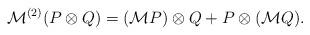
LaTeX: \begin{align*} \mathcal{M}^{(2)}(P\otimes Q)=(\mathcal{M}P)\otimes Q+P\otimes (\mathcal{M}Q). \end{align*}